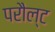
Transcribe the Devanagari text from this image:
परौल्ट